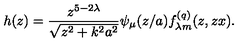
h ( z ) = \frac { z ^ { 5 - 2 \lambda } } { \sqrt { z ^ { 2 } + k ^ { 2 } a ^ { 2 } } } \psi _ { \mu } ( z / a ) f _ { \lambda m } ^ { ( q ) } ( z , z x ) .